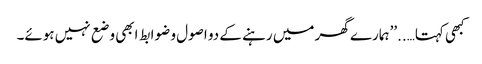
کبھی کہتا…..’’ہمارے گھر میں رہنے کے دو اصول و ضوابط ابھی وضع نہیں ہوئے۔